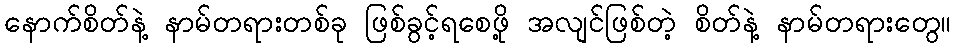
နောက်စိတ်နဲ့ နာမ်တရားတစ်ခု ဖြစ်ခွင့်ရစေဖို့ အလျင်ဖြစ်တဲ့ စိတ်နဲ့ နာမ်တရားတွေ။